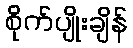
စိုက်ပျိုးချိန်